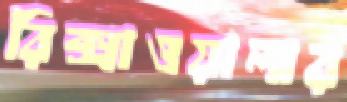
রিক্সাওয়ালার